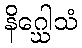
နိဂ္ဃေါသံ